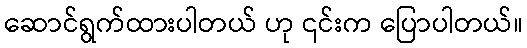
ဆောင်ရွက်ထားပါတယ် ဟု ၎င်းက ပြောပါတယ်။